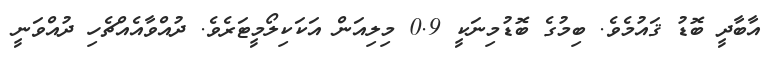
އާބާދީ ބޮޑު ޤައުމެވެ. ބިމުގެ ބޮޑުމިނަކީ 0.9 މިލިއަން އަކަކިލޯމީޓަރެވެ. ދުއްވާއެއްޗެހި ދުއްވަނީ